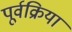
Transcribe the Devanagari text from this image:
पूर्वक्रिया